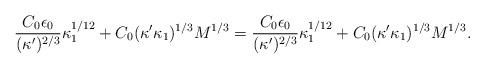
LaTeX: \begin{align*} \frac{C_0 \epsilon_0}{(\kappa' )^{2/3}} \kappa_1^{1/12} + C_0 { (\kappa' \kappa_1 )^{1/3}} M^{1/3} = \frac{C_0 \epsilon_0}{(\kappa')^{2/3}}\kappa_1^{1/12} + C_0 (\kappa'\kappa_1)^{1/3}M^{1/3}. \end{align*}